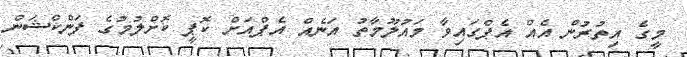
މީގެ އިތުރުން އެއް އެޕްގައިވާ މައުލޫމާތު އަނެއް އެޕްއަށް ކޮޕީ ކޮށްލުމުގެ ފަންކްޝަން